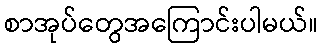
စာအုပ်တွေအကြောင်းပါမယ်။